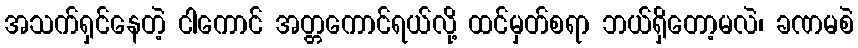
အသက်ရှင်နေတဲ့ ငါကောင် အတ္တကောင်ရယ်လို့ ထင်မှတ်စရာ ဘယ်ရှိတော့မလဲ၊ ခဏမစဲ